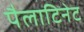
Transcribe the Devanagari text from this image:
पैलाटिनेट